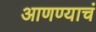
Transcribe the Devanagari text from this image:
आणण्याचं